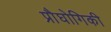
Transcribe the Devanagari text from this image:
प्रौघोगिकी